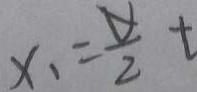
x _ { 1 } = \frac { V } { 2 } t